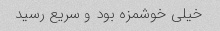
خیلی خوشمزه بود و سریع رسید